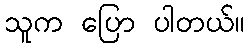
သူက ပြော ပါတယ်။